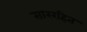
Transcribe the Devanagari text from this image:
साररहित